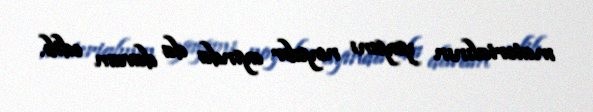
materialının yayımı noyabr ayında da davam edib.